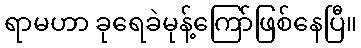
ရာမဟာ ခုရေခဲမုန့်ကြော်ဖြစ်နေပြီ။